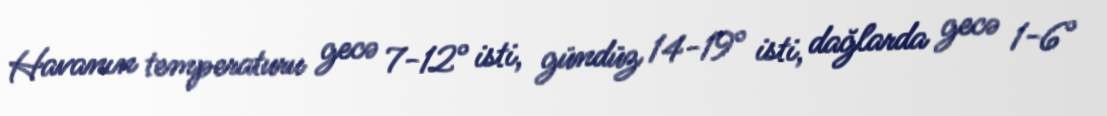
Havanın temperaturu gecə 7-12° isti, gündüz 14-19° isti, dağlarda gecə 1-6°